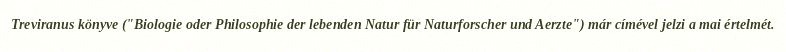
Treviranus könyve ("Biologie oder Philosophie der lebenden Natur für Naturforscher und Aerzte") már címével jelzi a mai értelmét.